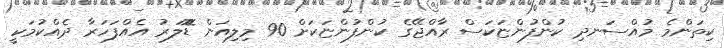
ކިތަންމެ މުއްސަނދި ކުންފުންޏަކަސް ރާއްޖޭގެ ކުންފުންޏަކަށް 90 މިލިއަން ޑޮޮލަރު އެއްފަހަރާ ދެއްކުމަކީ